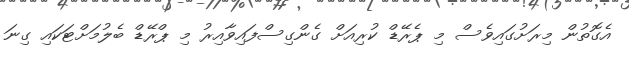
އެގޮތުން މިރަށުގައިވެސް މި ޕެރޭޑް ކުރިއަށް ގެންގިސްފައިވާއިރު މި ޕްރޭޑް ބެލުމަށްޓަކައި ގިނަ